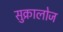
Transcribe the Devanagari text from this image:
सुक्रालोज